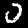
Label: 0